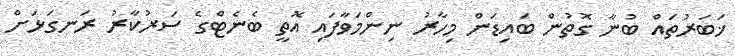
ޚަބަރުތައް ބުނާ ގޮތުން ބައިޑަން މިހާރު ނިންމަވާފައި އޮތީ ބެނެޓްގެ ސަރުކާރު ރަނގަޅަށް